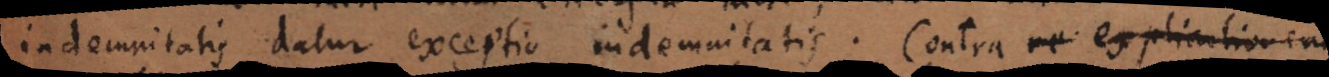
indemnitatis datur exceptio indemnitatis. Contra e